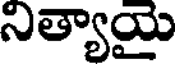
నిత్యాయై